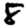
Digit: 8